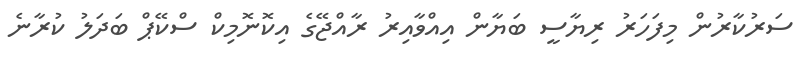
ސަރުކާރުން މިފަހަރު ރިޔާސީ ބަޔާން އިއްވާއިރު ރާއްޖޭގެ އިކޮނޮމިކް ސްކޭޕް ބަދަލު ކުރާނެ